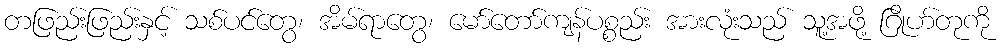
တဖြည်းဖြည်းနှင့် သစ်ပင်တွေ၊ အိမ်ရာတွေ၊ မော်တော်ကျန်ပစ္စည်း အားလုံးသည် သူ့အဖို့ ဂြိုဟ်တုကို